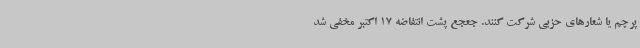
پرچم یا شعارهای حزبی شرکت کنند. جعجع پشت انتفاضه 17 اکتبر مخفی شد